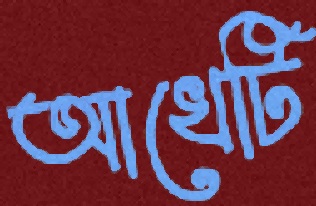
আখেটি